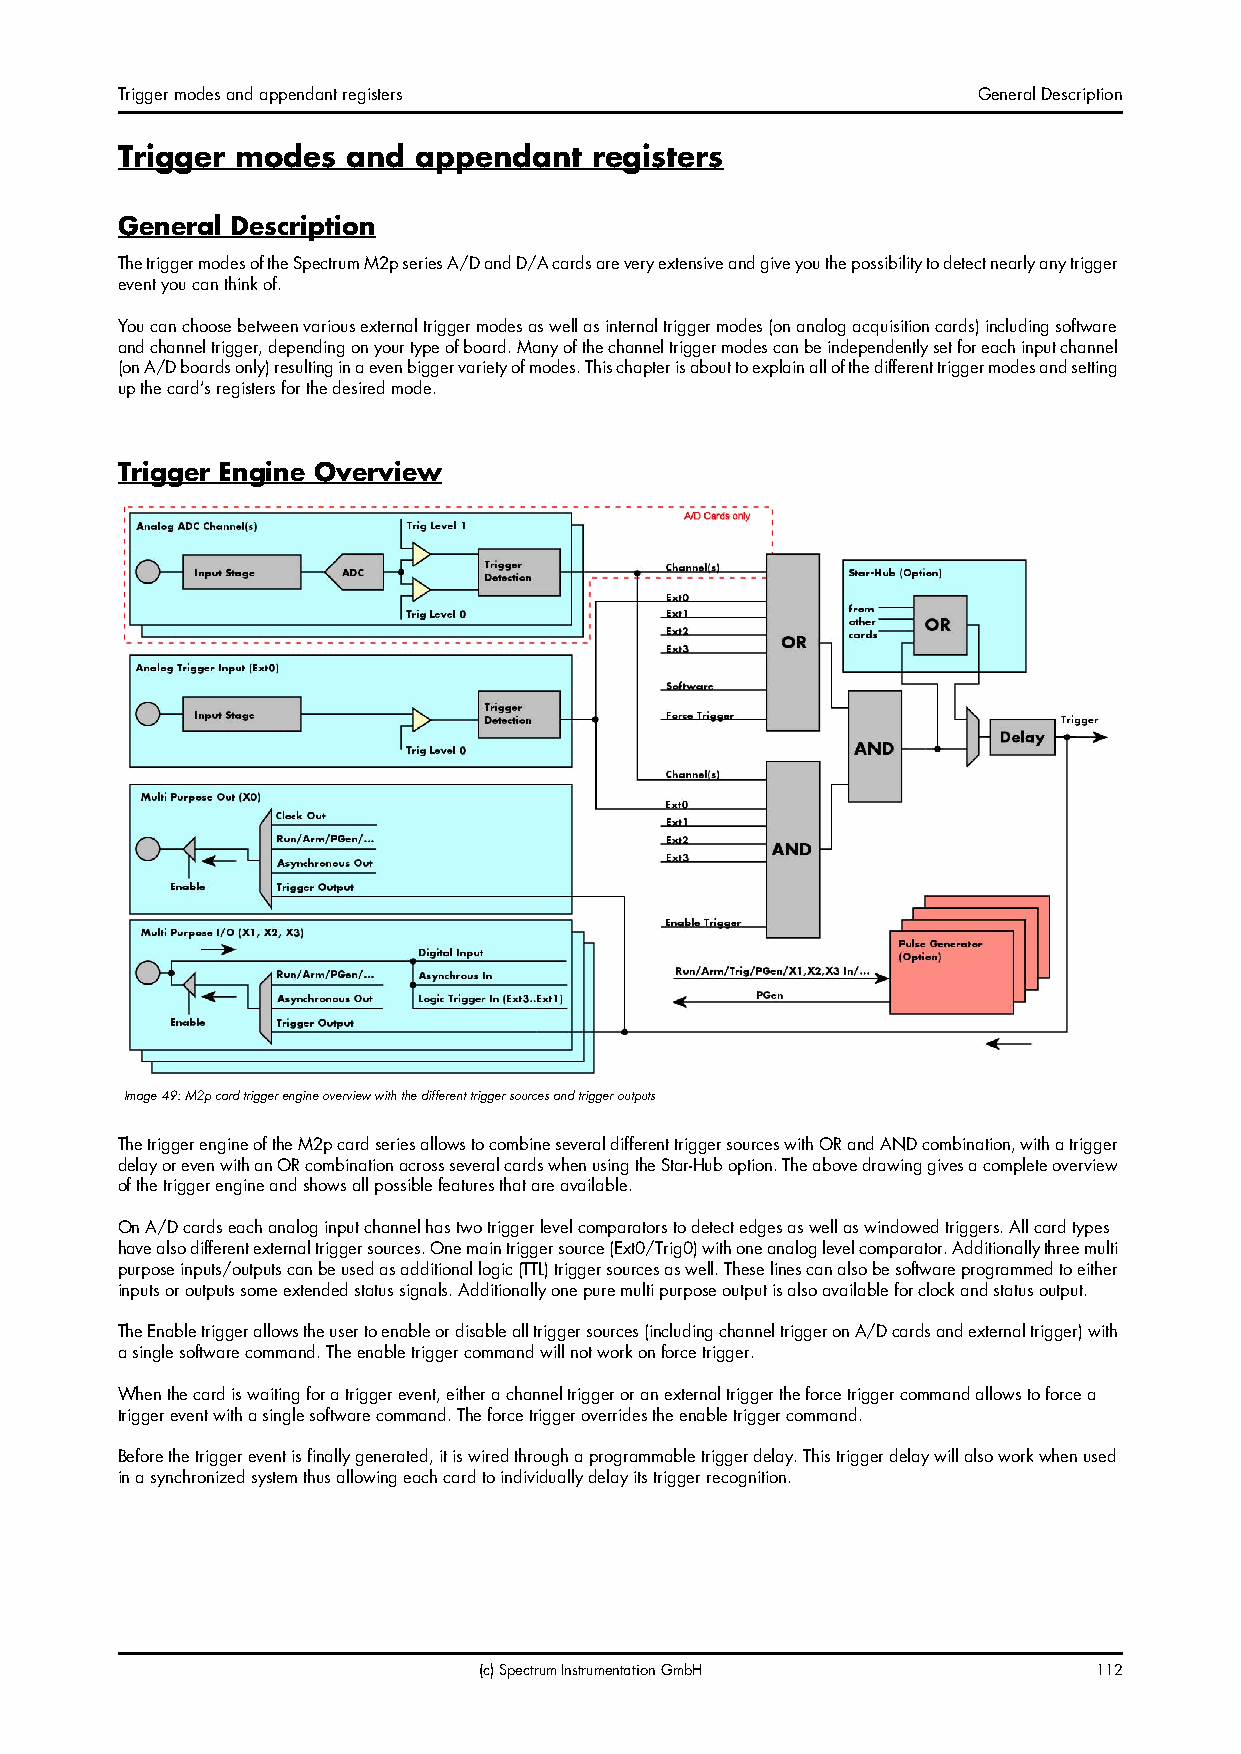
Trigger modes and appendant registers                    General Description
 Trigger modes  and  appendant  registers
 General Description
 The trigger modes of the Spectrum M2p series A/D and D/A cards are very extensive and give you the possibility to detect nearly any trigger
 event you can think of.
 You can choose between various external trigger modes as well as internal trigger modes (on analog acquisition cards) including software
 and channel trigger, depending on your type of board. Many of the channel trigger modes can be independently set for each input channel
 (on A/D boards only) resulting in a even bigger variety of modes. This chapter is about to explain all of the different trigger modes and setting
 up the card’s registers for the desired mode.
 Trigger Engine Overview
 Image 49: M2p card trigger engine overview with the different trigger sources and trigger outputs
 The trigger engine of the M2p card series allows to combine several different trigger sources with OR and AND combination, with a trigger
 delay or even with an OR combination across several cards when using the Star-Hub option. The above drawing gives a complete overview
 of the trigger engine and shows all possible features that are available.
 On A/D cards each analog input channel has two trigger level comparators to detect edges as well as windowed triggers. All card types
 have also different external trigger sources. One main trigger source (Ext0/Trig0) with one analog level comparator. Additionally three multi
 purpose inputs/outputs can be used as additional logic (TTL) trigger sources as well. These lines can also be software programmed to either
 inputs or outputs some extended status signals. Additionally one pure multi purpose output is also available for clock and status output.
 The Enable trigger allows the user to enable or disable all trigger sources (including channel trigger on A/D cards and external trigger) with
 a single software command. The enable trigger command will not work on force trigger.
 When the card is waiting for a trigger event, either a channel trigger or an external trigger the force trigger command allows to force a
 trigger event with a single software command. The force trigger overrides the enable trigger command.
 Before the trigger event is finally generated, it is wired through a programmable trigger delay. This trigger delay will also work when used
 in a synchronized system thus allowing each card to individually delay its trigger recognition.
 (c) Spectrum Instrumentation GmbH       112